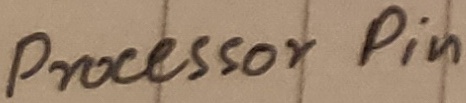
Text: Processor Pin